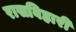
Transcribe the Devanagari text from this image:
रासविहारी